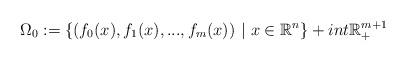
LaTeX: \begin{align*} \Omega_0:=\{(f_0(x),f_1(x),...,f_m(x))\ |\ x\in\mathbb{R}^n\}+int\mathbb{R}^{m+1}_+\end{align*}